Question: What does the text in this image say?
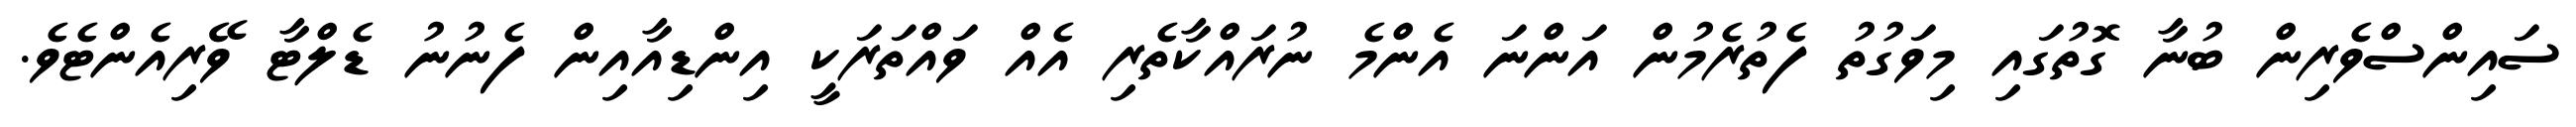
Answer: ސައިންސްވެރިން ބުނާ ގޮތުގައި މިވަގުތު ފެތުރެމުން އަންނަ އެންމެ ނުރައްކާތެރި އެއް ވައްތަރަކީ އިންޑިއާއިން ފެނުނު ޑެލްޓާ ވޭރިއެންޓެވެ.